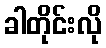
ခါတိုင်းလို